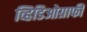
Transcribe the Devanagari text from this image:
व्हिडिओग्राफी